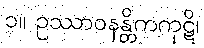
၁။ ဥဿာဝနန္တိကကုဋိ၊